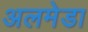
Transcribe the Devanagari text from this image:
अलमेडा